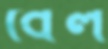
বৈল